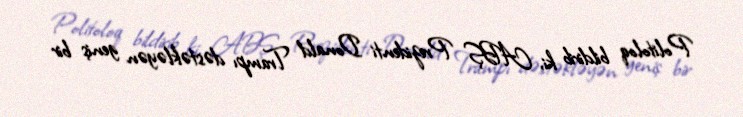
Politoloq bildirib ki, ABŞ Prezidenti Donald Trampı dəstəkləyən geniş bir